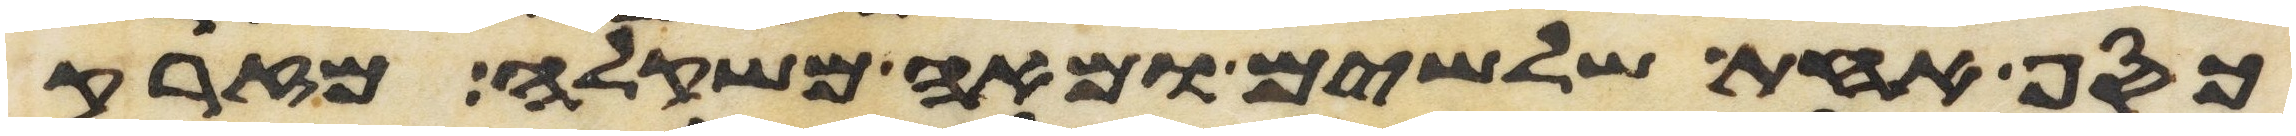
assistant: כסף אחת שלשים ומאה משקלה מזרק